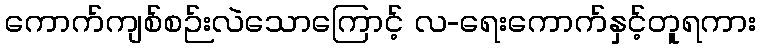
ကောက်ကျစ်စဉ်းလဲသောကြောင့် လ-ရေးကောက်နှင့်တူရကား